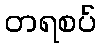
တရစပ်